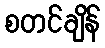
စတင်ချိန်